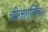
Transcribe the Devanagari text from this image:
बीजगणित।